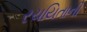
રચયિતાની